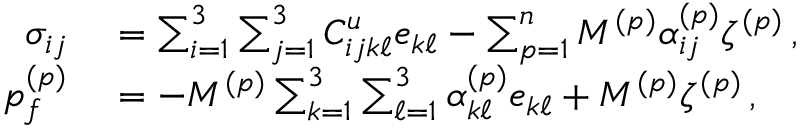
\begin{array} { r l } { \sigma _ { i j } } & { { } = \sum _ { i = 1 } ^ { 3 } \sum _ { j = 1 } ^ { 3 } C _ { i j k \ell } ^ { u } e _ { k \ell } - \sum _ { p = 1 } ^ { n } M ^ { ( p ) } \alpha _ { i j } ^ { ( p ) } \zeta ^ { ( p ) } \, , } \\ { p _ { f } ^ { ( p ) } } & { { } = - M ^ { ( p ) } \sum _ { k = 1 } ^ { 3 } \sum _ { \ell = 1 } ^ { 3 } \alpha _ { k \ell } ^ { ( p ) } e _ { k \ell } + M ^ { ( p ) } \zeta ^ { ( p ) } \, , } \end{array}